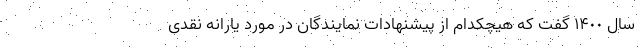
سال ١۴٠٠ گفت که هیچکدام از پیشنهادات نمایندگان در مورد یارانه نقدی